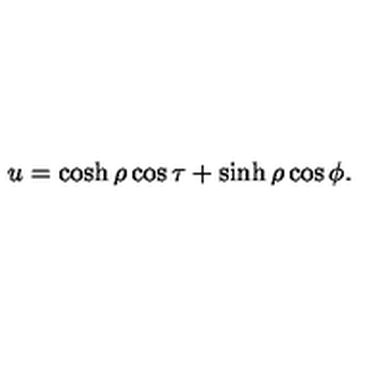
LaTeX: u = \cosh \rho \cos \tau + \sinh \rho \cos \phi .